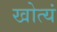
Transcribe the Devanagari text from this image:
खोत्यं